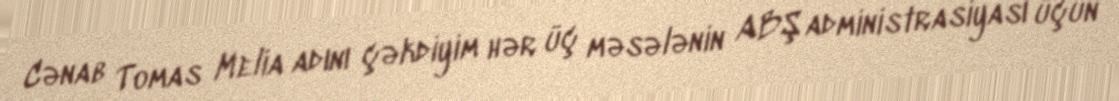
Cənab Tomas Melia adını çəkdiyim hər üç məsələnin ABŞ administrasiyası üçün